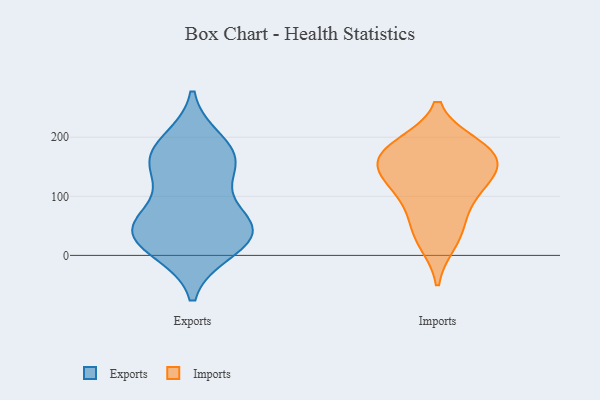
{"axis": {"x": "LTV (USD)", "y": "Value"}, "legend": ["Exports", "Imports"], "data": [{"x": "", "y": 53, "type": "Exports"}, {"x": "", "y": 134, "type": "Exports"}, {"x": "", "y": 191, "type": "Exports"}, {"x": "", "y": 18, "type": "Exports"}, {"x": "", "y": 48, "type": "Exports"}, {"x": "", "y": 34, "type": "Exports"}, {"x": "", "y": 56, "type": "Exports"}, {"x": "", "y": 156, "type": "Exports"}, {"x": "", "y": 49, "type": "Exports"}, {"x": "", "y": 172, "type": "Exports"}, {"x": "", "y": 163, "type": "Exports"}, {"x": "", "y": 10, "type": "Exports"}, {"x": "", "y": 144, "type": "Imports"}, {"x": "", "y": 162, "type": "Imports"}, {"x": "", "y": 121, "type": "Imports"}, {"x": "", "y": 79, "type": "Imports"}, {"x": "", "y": 186, "type": "Imports"}, {"x": "", "y": 113, "type": "Imports"}, {"x": "", "y": 23, "type": "Imports"}, {"x": "", "y": 178, "type": "Imports"}, {"x": "", "y": 149, "type": "Imports"}, {"x": "", "y": 181, "type": "Imports"}, {"x": "", "y": 43, "type": "Imports"}]}